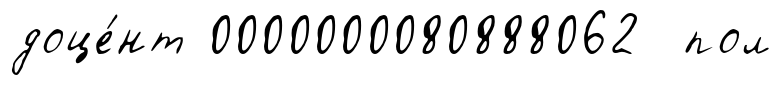
доце́нт 0000000080888062 пол